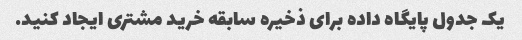
یک جدول پایگاه داده برای ذخیره سابقه خرید مشتری ایجاد کنید.